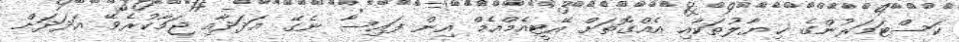
ކަސްޓަމަރުންގެ ޚިޔާލުތަކާއި އެއްގޮތަށް އޭޓީއެމްއެމް އިން ފައިސާ ނެގޭ އަދަދާއި ޖަމާކުރެވޭ އަދަދަށް